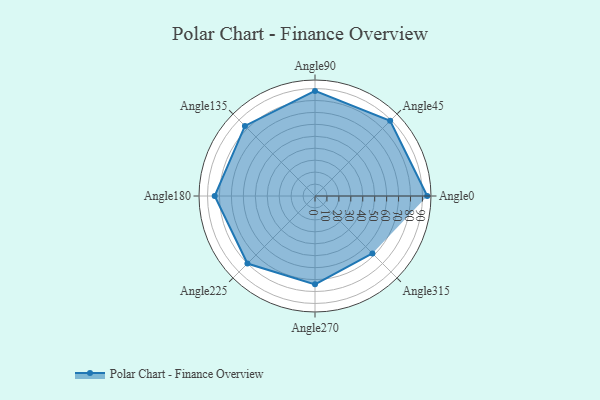
{"axis": {"x": "Angle", "y": "Radius"}, "legend": [""], "data": [{"x": "Angle0", "y": 94.0, "type": ""}, {"x": "Angle45", "y": 89.0, "type": ""}, {"x": "Angle90", "y": 88.0, "type": ""}, {"x": "Angle135", "y": 83.0, "type": ""}, {"x": "Angle180", "y": 84.0, "type": ""}, {"x": "Angle225", "y": 80.0, "type": ""}, {"x": "Angle270", "y": 74.0, "type": ""}, {"x": "Angle315", "y": 68.0, "type": ""}]}